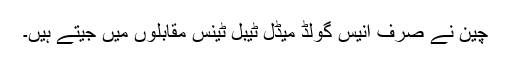
چین نے صرف اُنیس گولڈ میڈل ٹیبل ٹینس مقابلوں میں جیتے ہیں۔